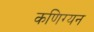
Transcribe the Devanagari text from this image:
कणिग्यन